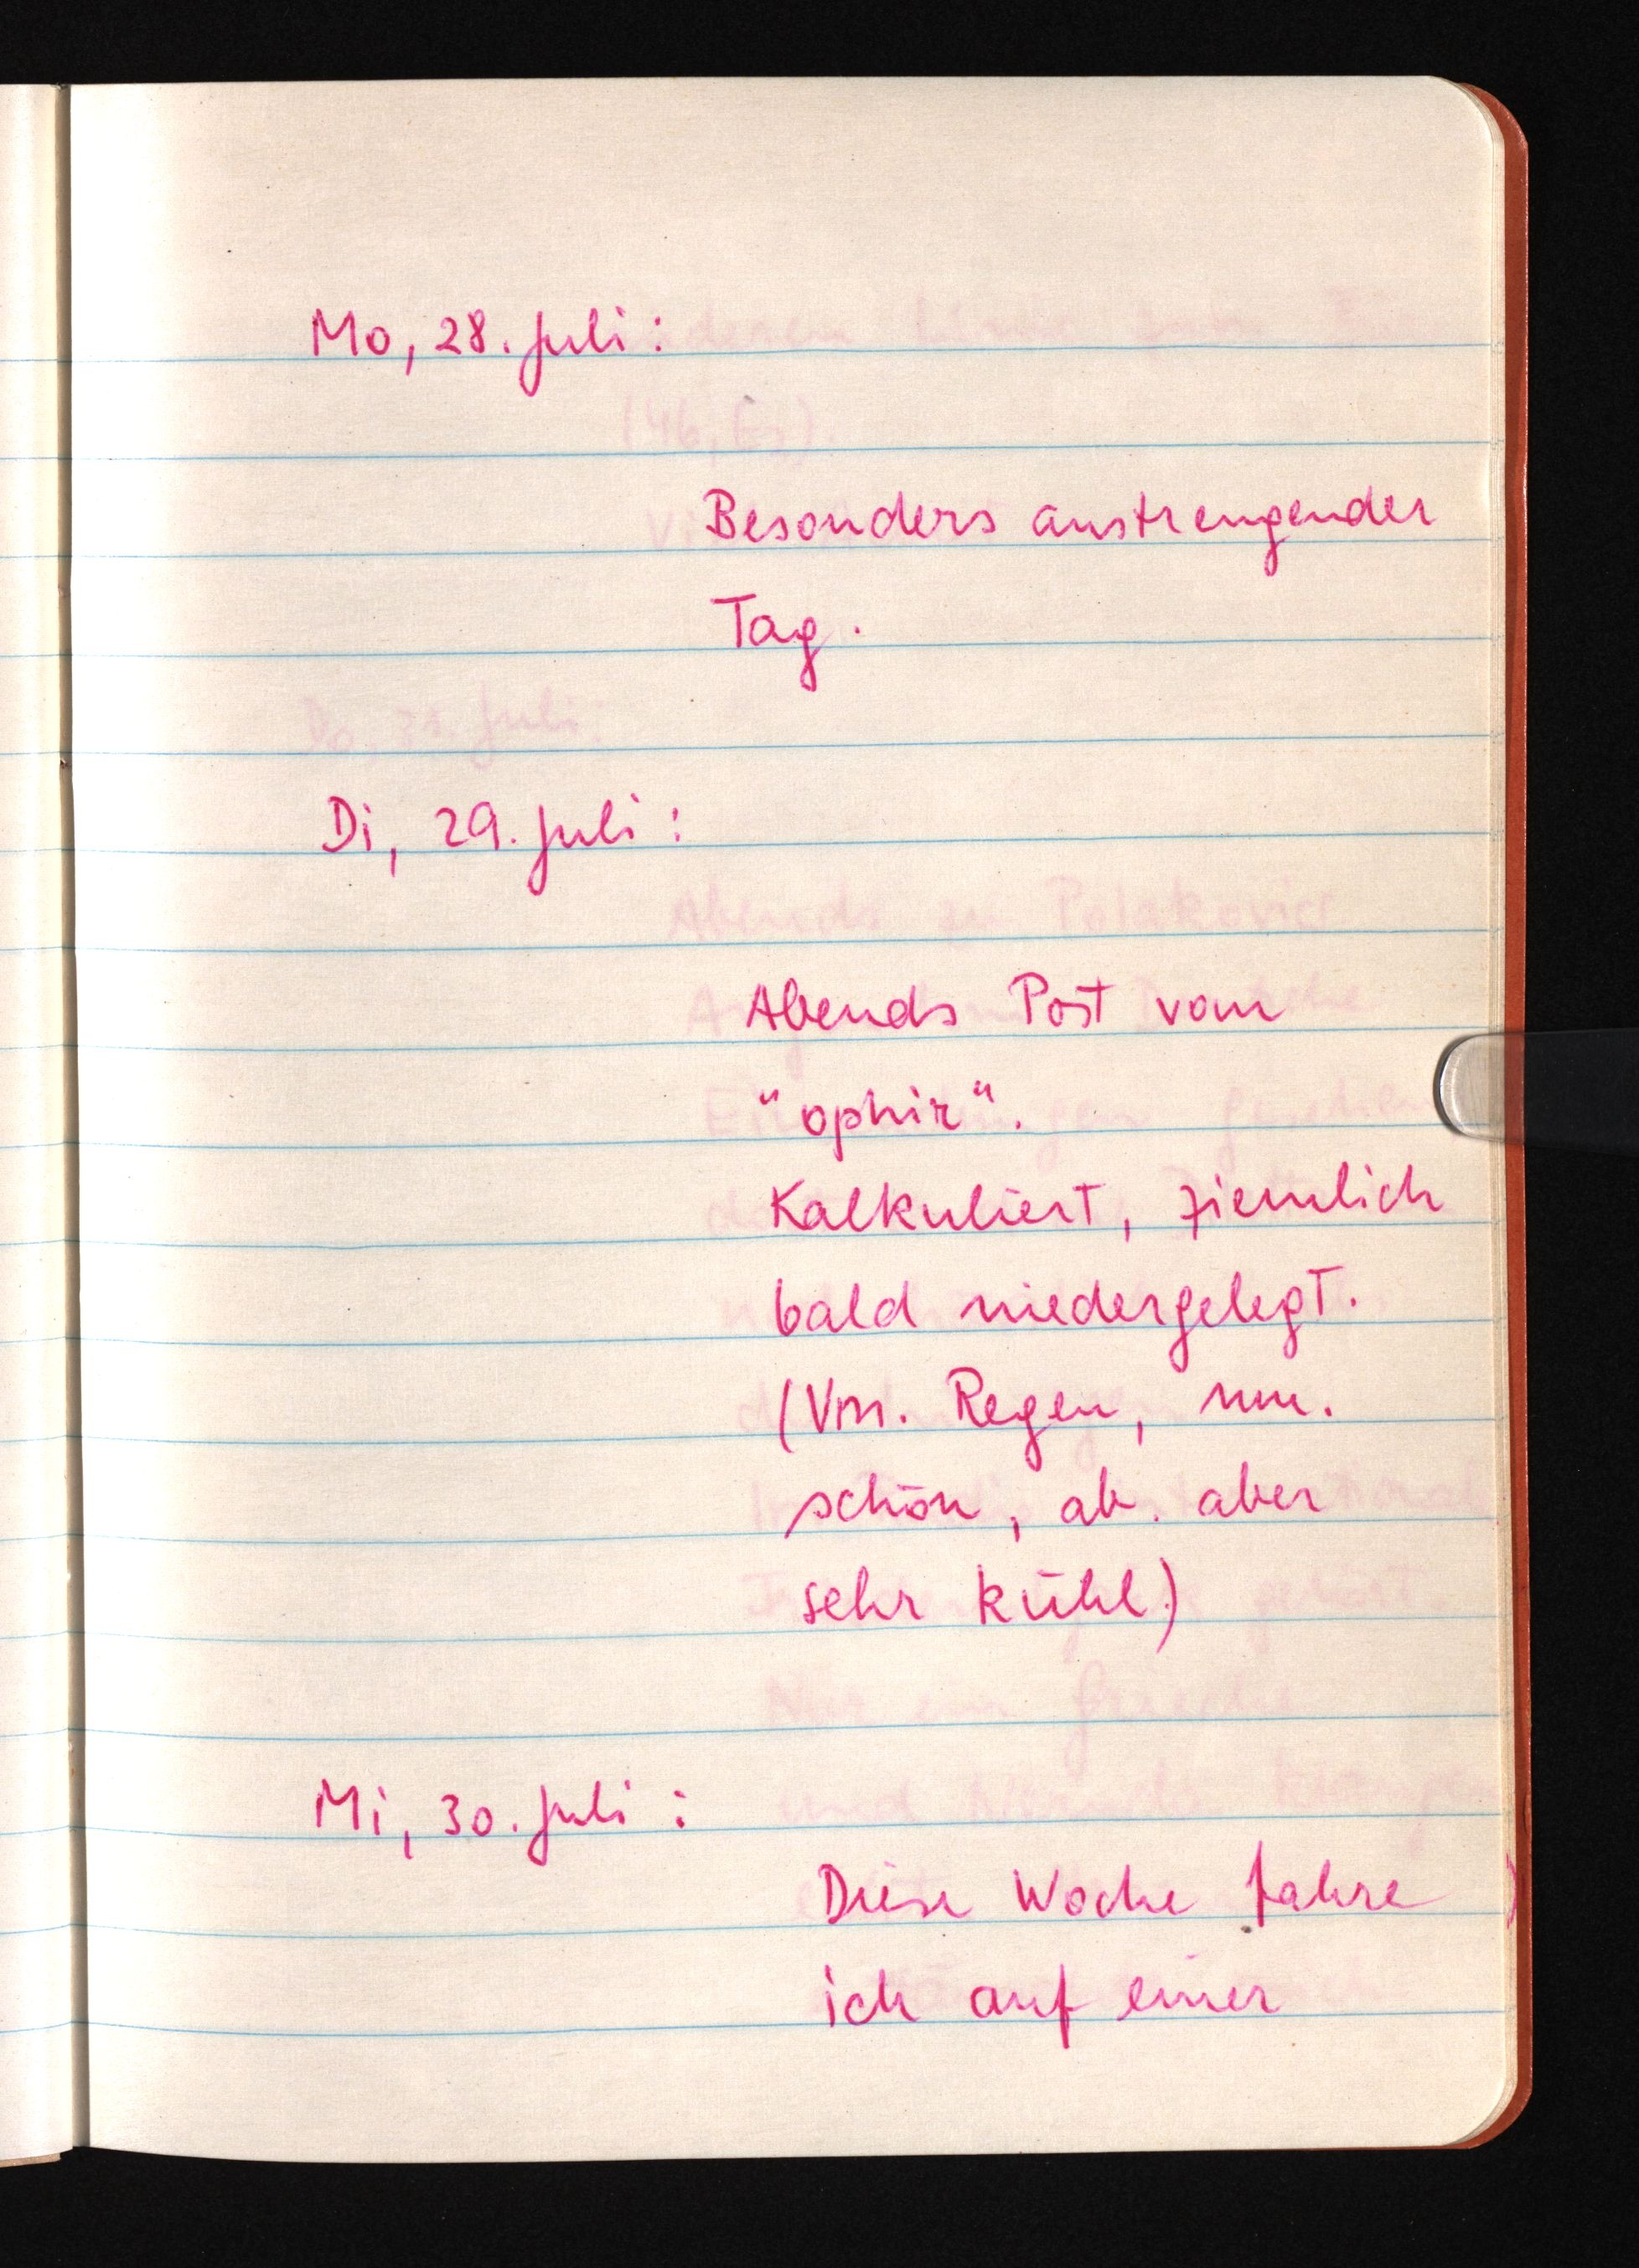
Mo, 28. Juli:
Besonders anstrengender
Tag.
Di, 29. Juli:
Abends Post vom
"ophir".
Kalkuliert, ziemlich
bald niedergelegt.
(Vm. Regen, nm.
schön, ab. aber
sehr kühl.)
Mi, 30. Juli:
Diese Woche fahre
ich auf einer